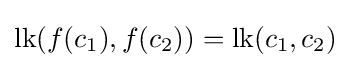
\operatorname {lk} (f(c_{1}),f(c_{2}))=\operatorname {lk} (c_{1},c_{2})